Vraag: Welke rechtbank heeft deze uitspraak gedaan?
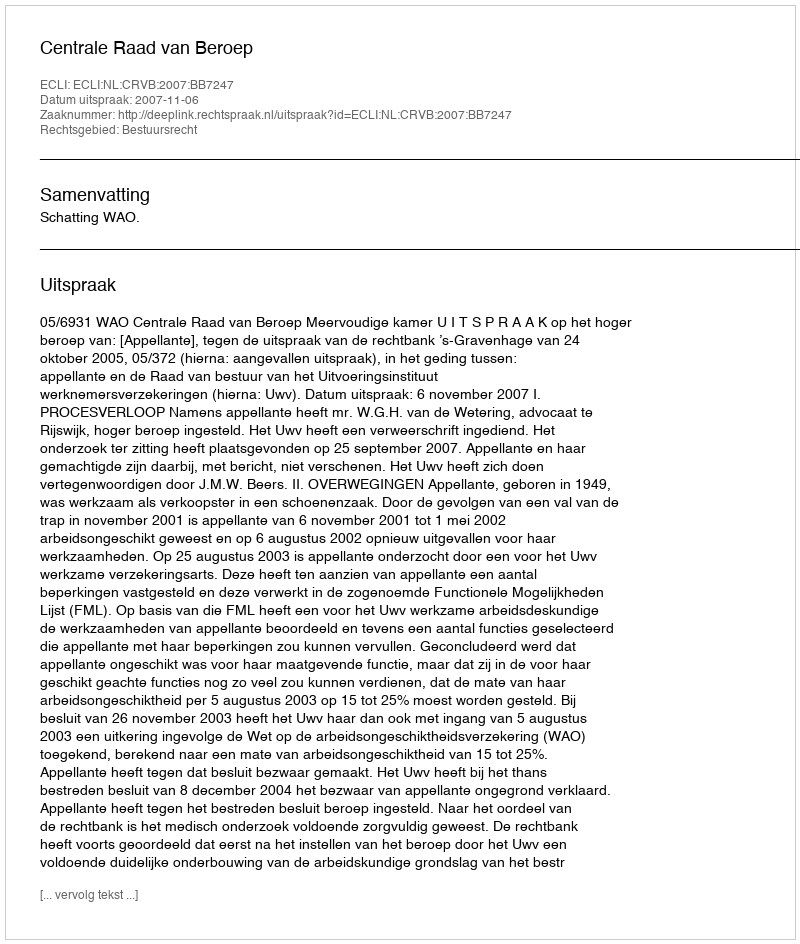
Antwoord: Centrale Raad van Beroep